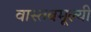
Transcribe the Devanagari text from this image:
वास्तवमूल्यी